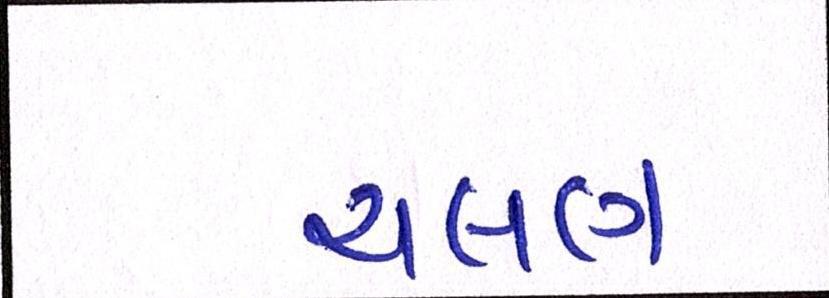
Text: ચલણ